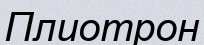
Плиотрон